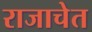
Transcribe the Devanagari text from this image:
राजाचेत